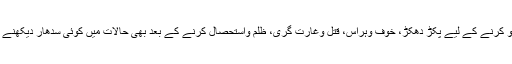
صورت حال کو قابو کرنے کے لیے پکڑ دھکڑ، خوف وہراس، قتل وغارت گری، ظلم واستحصال کرنے کے بعد بھی حالات میں کوئی سدھار دیکھنے کونہیں مل رہا ہے۔